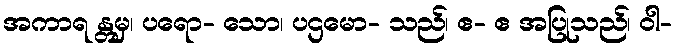
အကာရ န္တမှ၊ ပရော- သော၊ ပဌမော- သည်၊ ဧ- ဧ အပြုသည်၊ ဝါ-